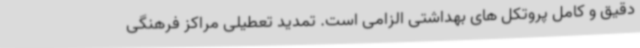
دقیق و کامل پروتکل های بهداشتی الزامی است. تمدید تعطیلی مراکز فرهنگی